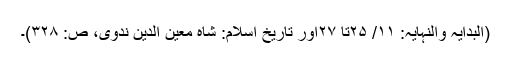
(البدایہ والنہایہ: ۱۱/ ۲۵تا ۲۷اور تاریخ اسلام: شاہ معین الدین ندوی، ص: ۳۲۸)۔